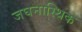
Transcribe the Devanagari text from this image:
जघनास्थिक